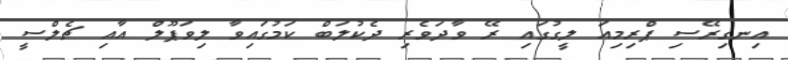
އިނގިރޭސި ޕްރިމިއަ ލީގުގައި ރޭ ވާދަވެރި ދެކުލަބް ކަމުގައިވާ ލިވަޕޫލް އާއި ޗެލްސީ